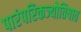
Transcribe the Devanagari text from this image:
पारंपरिकज्योतिषात